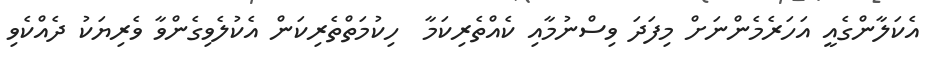
އެކަލާންގެއީ އަހަރެމެންނަށް މިފަދަ ވިސްނުމާއި ކެއްތެރިކަމާ  ހިކުމަތްތެރިކަން އެކުލެވިގެންވާ ވެރިޔަކު ދެއްކެވި